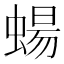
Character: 蝪